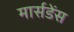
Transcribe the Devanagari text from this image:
मार्सडेंस